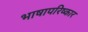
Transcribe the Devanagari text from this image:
भाषापरिष्कार